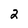
Character: 2